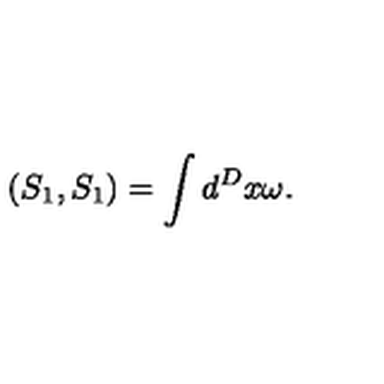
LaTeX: \left( S _ { 1 } , S _ { 1 } \right) = \int d ^ { D } x \omega .